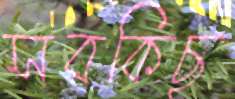
সবকিছু